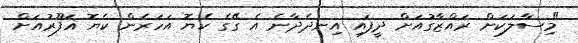
"މިސާލަަކަށް ރައްޒާގުއަށް ދީފައި އިނދެދާނެ އެ ގޭގެ ކެޔޮ އަހަރެން ކެޔޮ ޣަފޫރުއަށް